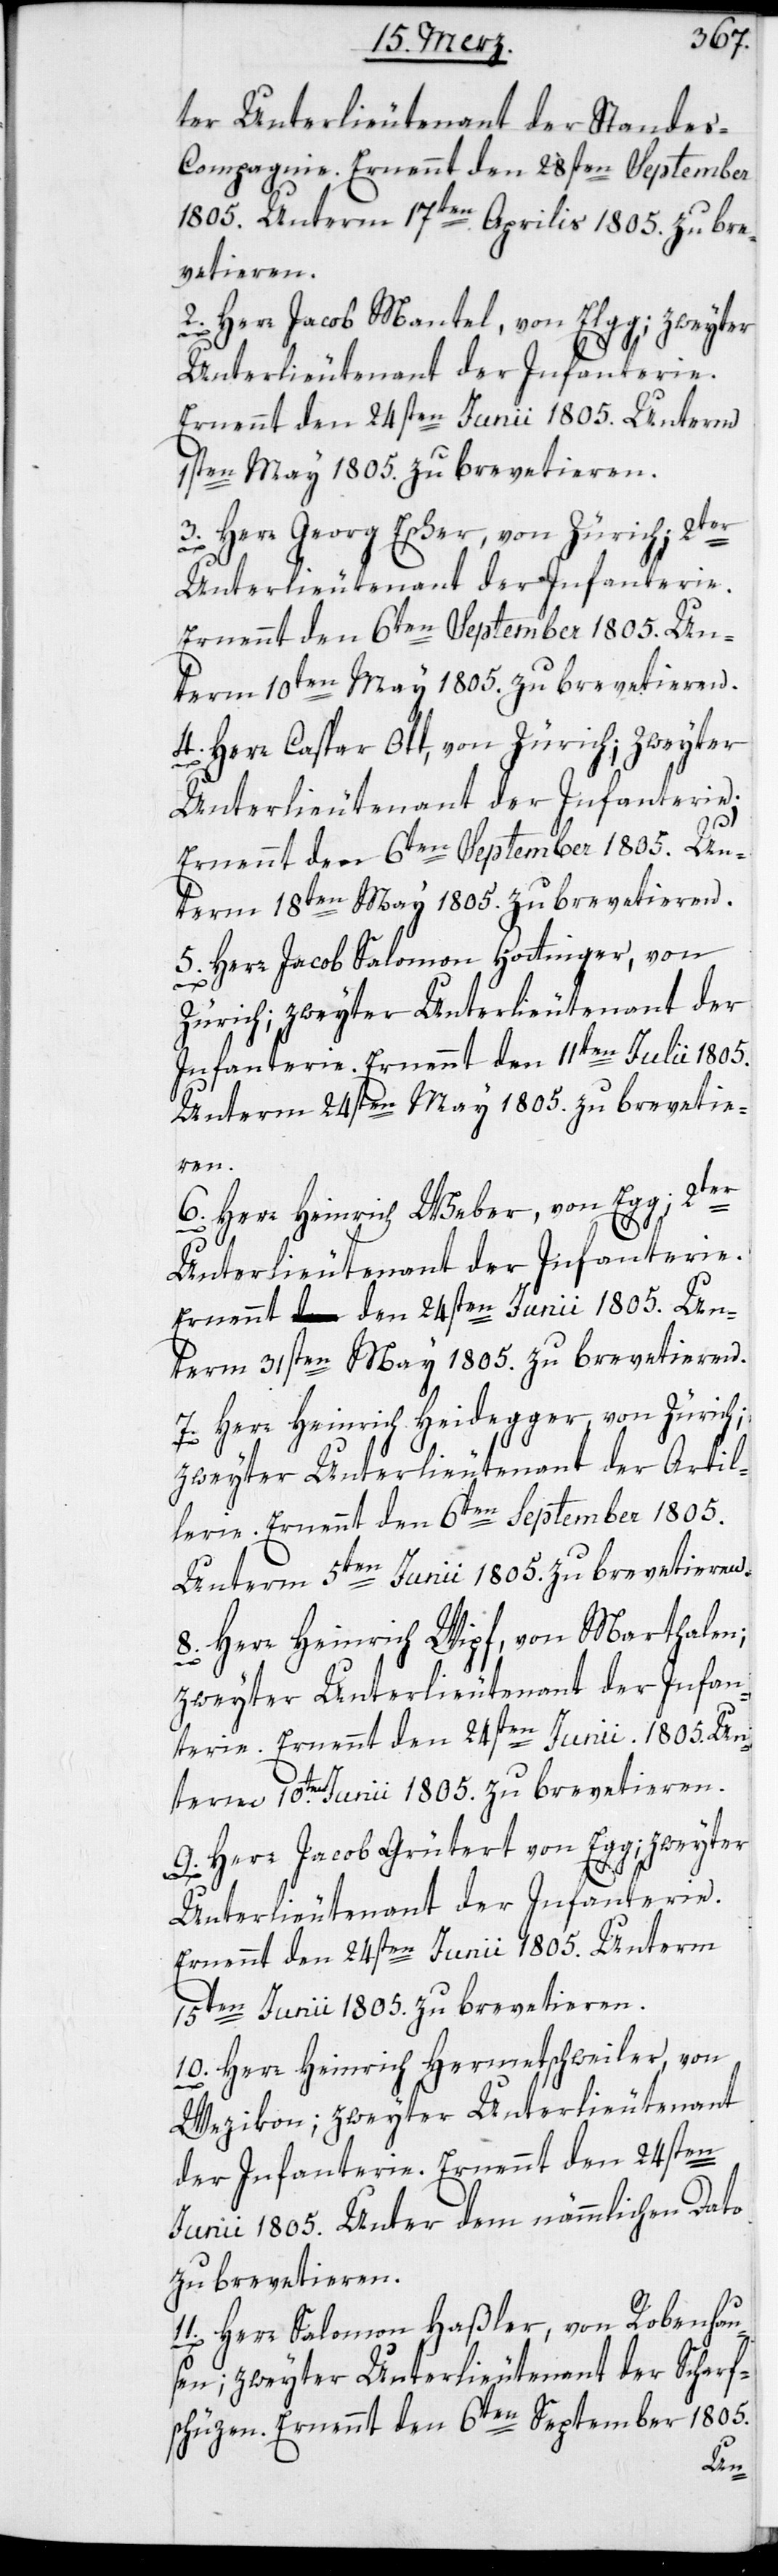
Unterlieutenant der Standes-C¬
ompagnie. Ernennt den 28sten September
1805. Unterm 17ten Aprilis 1805. zu bre¬
vetieren.
2. Herr Jacob Mantel, von Elgg; zweyter
Unterlieutenant der Infanterie.
31sten May 1805. zu brevetieren.
3. Herr Georg Escher, von Zürich; 2ter
Ernennt den 6ten September 1805. Un¬
term 10ten May 1805. zu brevetieren.
4. Herr Caspar Ott, von Zürich; zweyter
Unterlieutenant der Infanterie.
Ernennt den 6ten September 1805. Un¬
term 18ten May 1805. zu brevetieren.
5. Herr Jacob Salomon Hottinger, von
Zürich; zweyter Unterlieutenant der
Infanterie. Ernennt den 11ten Julii 1805.
Unterm 24sten May 1805. zu brevetie¬
ren.
6. Herr Heinrich Weber, von Egg; 2ter
7. Herr Heinrich Heidegger, von Zürich;
zweyter Unterlieutenant der Artil¬
lerie. Ernennt den 6ten September 1805.
Unterm 10ten Junii 1805. zu brevetieren.
8. Herr Heinrich Wipf, von Marthalen;
zweyter Unterlieutenant der Infan¬
terie. Ernennt den 24sten Junii. 1805.
9. Herr Jacob Grütert, von Egg; zweyter
Unterlieutenant der Infanterie.
Ernennt den 24sten Junii 1805. Unterm
15ten Junii 1805. zu brevetieren.
10. Herr Heinrich Hermetschweiler, von
Wezikon; zweyter Unterlieutenant
der Infanterie. Ernennt den 24sten
Junii 1805. Unter dem nämmlichen Dato
zu brevetieren.
11. Herr Salomon Haßler, von Robenhau¬
sen; zweyter Unterlieutenant der Scharf¬
schüzen. Ernennt den 6ten September 1805.